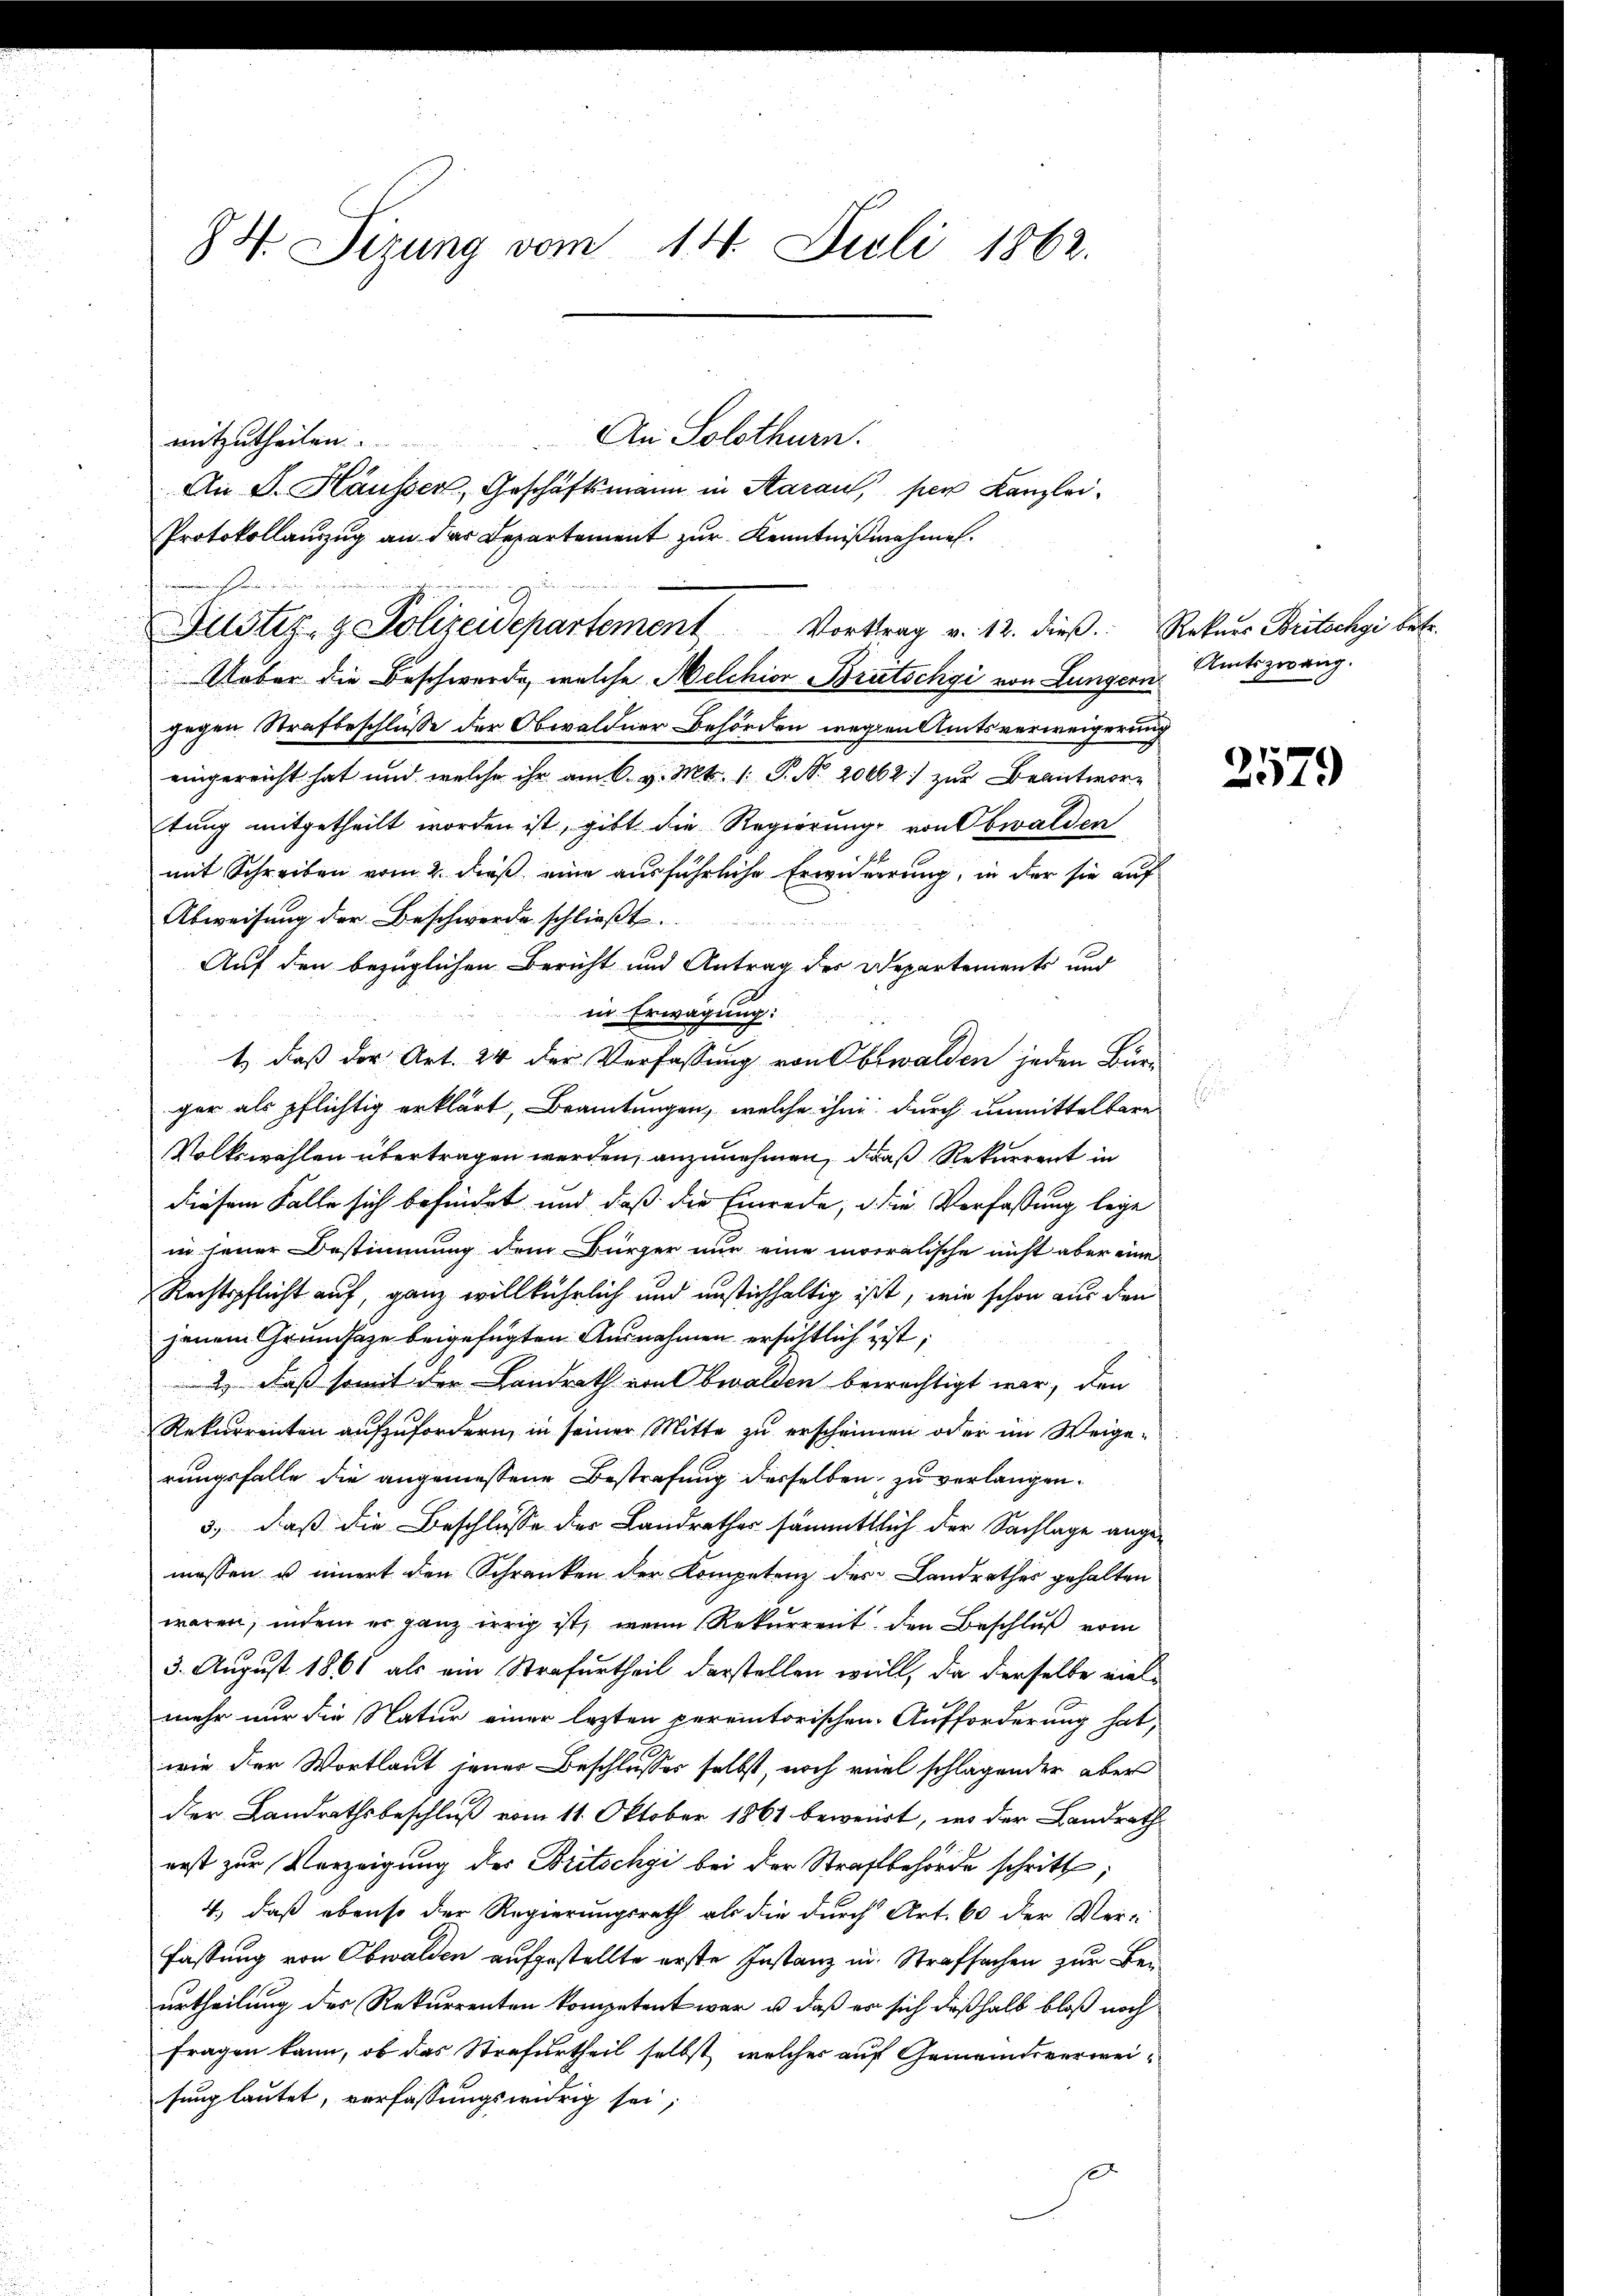
84. Sizung vom 14. Juli 1862.

An Solothurn.
mitzutheilen.
An F. Häusser, Geschäftsmann in Aaraus, per Kanzlei¬
Protokollauszug an das Departement zur Kenntnißnahmen.
E
Ueber die Beschwerde, welche Melchior Brütschgi von Lungern
gegen Strafbeschluße der Obwaldner Behörden wegen Amtsverweigerung
eingereicht hat und welche ihr am 6. v. Mts. 1. P. Nr. 20662 zur Beantwortung mitgetheilt worden ist, gibt die Regierung von Obwalden
mit Schreiben vom 2. dieß eine ausführliche Erwiederung, in der sie auf
Abweisung der Beschwerde schließt.
i
Auf den bezüglichen Bericht und Antrag des Departements und
in Erwägung:
1) daß der Art. 24 der Verfassung von Obwalden jeden Bürger als pflichtig erklärt, Beamtungen, welche ihm durch unmittelbare
Volkswahlen übertragen werden, anzunehmen, daß Rekurrent in
diesem Falle sich befindet und daß die Einrede, die Verfassung lege
in jener Bestimmung dem Bürger nur eine moralische nicht aber eines
Rechtspflicht auf, ganz willkührlich und unstichhaltig ist, wie schon aus den
jenem Grundsaze beigefügten Ausnahmen ersichtlich ist,
2) daß somit der Landrath von Obwalden bewächtigt war, den
Rekurrenten aufzufordern, in seiner Mitte zu erscheinen oder im Weigerungsfalle die angemessene Bestrafung desselben zu verlangen.
3., daß die Beschlusse der Landrathes sämmtlich der Sachlage angemessen u innert den Schranken der Kompetenz des Landrathes gehalten
waren, indem er ganz irrig ist, wenn Rekurrent den Beschluß vom
3. August 1861 als ein Strafurtheil darstellen will, die derselbe viel
mehr nur die Natur einer lezten peremtorischen Aufforderung hat,
wie der Wortlaut jener Beschlusses selbst, noch viel schlagender aber
der Landrathsbeschluß vom 11. Oktober 1861 beweist, ins der Landrath
erst zur Verzeigung der Britschyi bei der Strafbehörde schritt;
4.) daß ebenso der Regierungsrath als die durch Art. 60 der Verfassung von Obwalden aufgestellte erste Instanz in Strafsachen zur Beurtheilung der Rekurrenten kompetent war, u. daß er sich deßhalb bloß noch
Fragen kann, ob das Strafurtheil selbst, welcher auf Gemeindsverweisung lautet, verfassungswidrig sei;

Justiz- & Polizeidepartement Vortrag v. 12. dieβ.: Rekurs Britschgi bez

Amtszwang.

x

2579